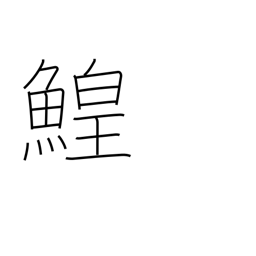
Meaning: sturgeon